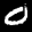
Label: 0